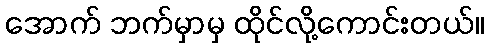
အောက် ဘက်မှာမှ ထိုင်လို့ကောင်းတယ်။